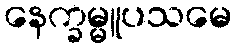
နေက္ခမ္မူပသမေ